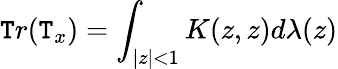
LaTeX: \mathtt{T}r(\mathtt{T}_{x})=\int_{|z|<1}K(z,z)d\lambda(z)